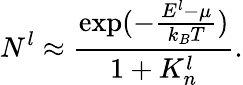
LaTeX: N_{}^{l}\approx\frac{\exp(-\frac{E^{l}-\mu}{k_{B}T})}{1+K_{n}^{l}}.